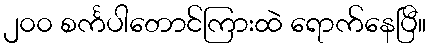
၂၀၀ စင်္ကပါတောင်ကြားထဲ ရောက်နေပြီ။